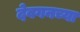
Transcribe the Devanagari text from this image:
देवगनच्या